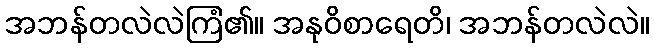
အဘန်တလဲလဲကြံ၏။ အနုဝိစာရေတိ၊ အဘန်တလဲလဲ။